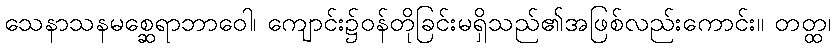
သေနာသနမစ္ဆေရာဘာဝေါ၊ ကျောင်း၌ဝန်တိုခြင်းမရှိသည်၏အဖြစ်လည်းကောင်း။ တတ္ထ၊